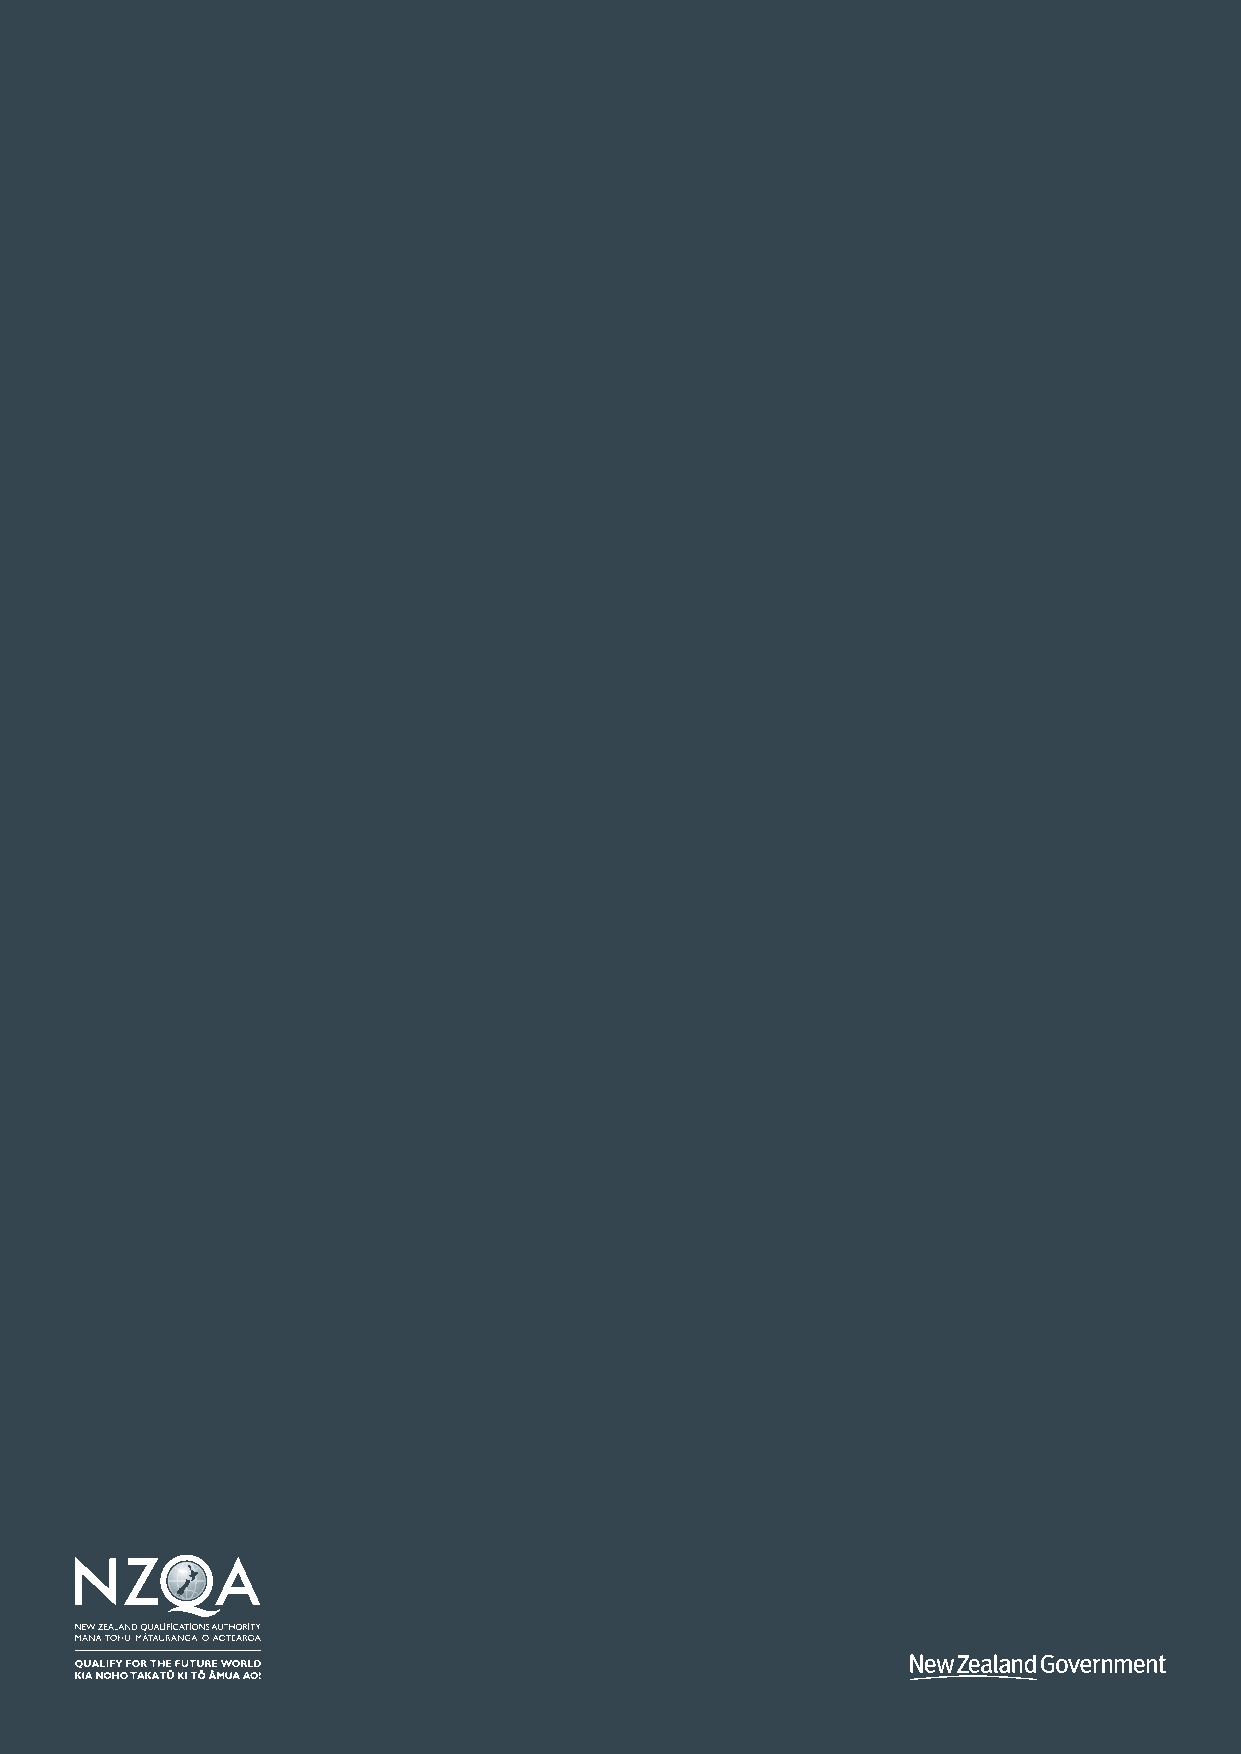
Part 1 cl 6                                                       2016/57
 18    Education (Pastoral Care of International Students) Code of Practice 2016